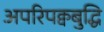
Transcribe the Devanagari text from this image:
अपरिपक्वबुद्धि